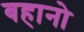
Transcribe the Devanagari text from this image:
बहानो